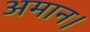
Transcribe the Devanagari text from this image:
अमान।